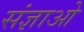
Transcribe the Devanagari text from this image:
संज्ञाओ